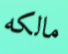
مالكه